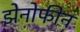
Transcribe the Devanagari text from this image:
झेनोफीन